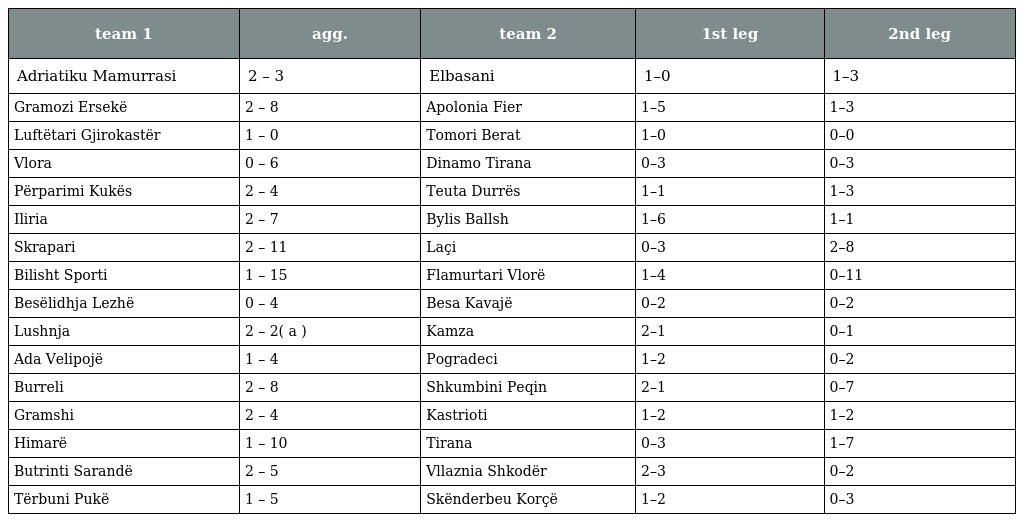
| team 1 | agg. | team 2 | 1st leg | 2nd leg |
 | --- | --- | --- | --- | --- |
 | Adriatiku Mamurrasi | 2 – 3 | Elbasani | 1–0 | 1–3 |
 | Gramozi Ersekë | 2 – 8 | Apolonia Fier | 1–5 | 1–3 |
 | Luftëtari Gjirokastër | 1 – 0 | Tomori Berat | 1–0 | 0–0 |
 | Vlora | 0 – 6 | Dinamo Tirana | 0–3 | 0–3 |
 | Përparimi Kukës | 2 – 4 | Teuta Durrës | 1–1 | 1–3 |
 | Iliria | 2 – 7 | Bylis Ballsh | 1–6 | 1–1 |
 | Skrapari | 2 – 11 | Laçi | 0–3 | 2–8 |
 | Bilisht Sporti | 1 – 15 | Flamurtari Vlorë | 1–4 | 0–11 |
 | Besëlidhja Lezhë | 0 – 4 | Besa Kavajë | 0–2 | 0–2 |
 | Lushnja | 2 – 2( a ) | Kamza | 2–1 | 0–1 |
 | Ada Velipojë | 1 – 4 | Pogradeci | 1–2 | 0–2 |
 | Burreli | 2 – 8 | Shkumbini Peqin | 2–1 | 0–7 |
 | Gramshi | 2 – 4 | Kastrioti | 1–2 | 1–2 |
 | Himarë | 1 – 10 | Tirana | 0–3 | 1–7 |
 | Butrinti Sarandë | 2 – 5 | Vllaznia Shkodër | 2–3 | 0–2 |
 | Tërbuni Pukë | 1 – 5 | Skënderbeu Korçë | 1–2 | 0–3 |